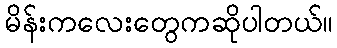
မိန်းကလေးတွေကဆိုပါတယ်။